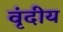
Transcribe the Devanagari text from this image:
वृंदीय